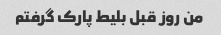
من روز قبل بلیط پارک گرفتم